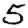
Digit: 5